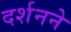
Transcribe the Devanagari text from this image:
दर्शनने